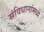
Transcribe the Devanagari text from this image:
संविधानांमध्ये